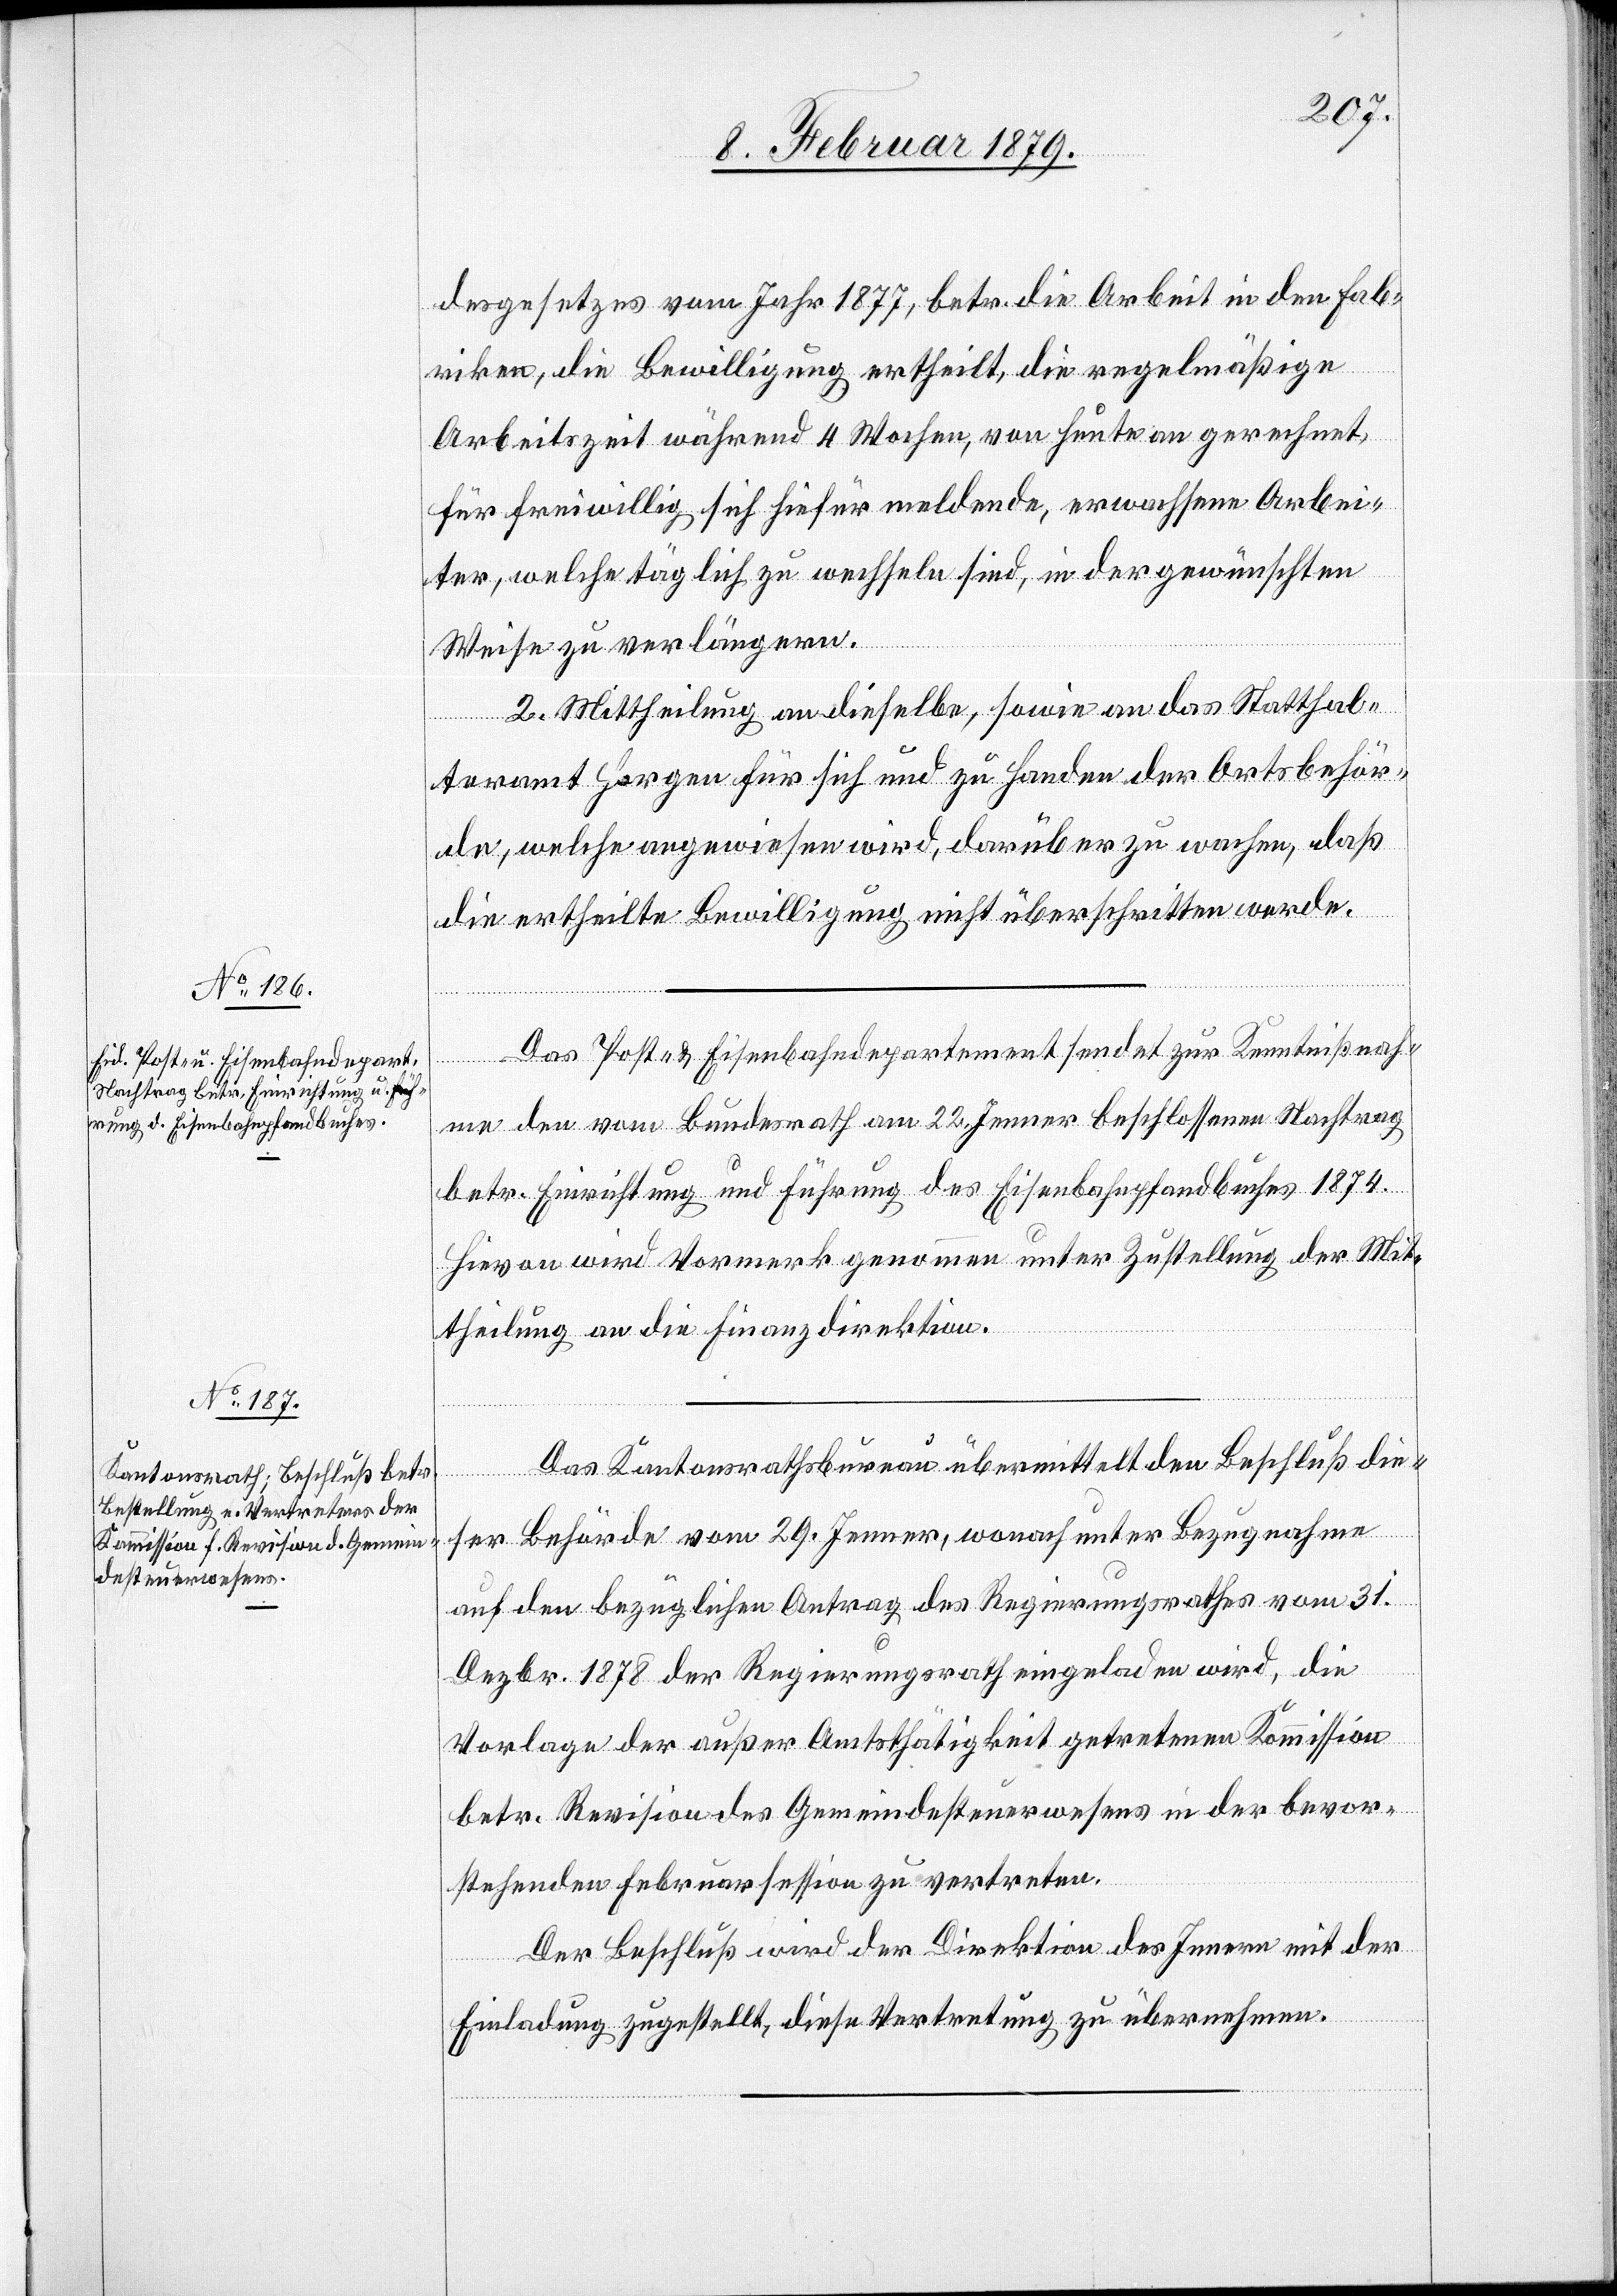
desgesetzes vom Jahr 1877, betr. die Arbeit in den Fab¬
riken, die Bewilligung ertheilt, die regelmäßige
Arbeitszeit während 4 Wochen, von heute an gerechnet,
für freiwillig sich hiefür meldende, erwachsene Arbei¬
ter, welche täglich zu wechseln sind, in der gewünschten
Weise zu verlängern.
2. Mittheilung an dieselbe, sowie an das Statthal¬
teramt Horgen für sich und zu Handen der Ortsbehör¬
de, welche angewiesen wird, darüber zu wachen, daß
die ertheilte Bewilligung nicht überschritten werde.
Das Post- & Eisenbahndepartement sendet zur Kenntnißnah¬
me den vom Bundesrath am 22. Jenner beschlossenen Nachtrag
betr. Einrichtung und Führung des Eisenbahnpfandbuches 1874.
Hievon wird Vormerk genommen unter Zustellung der Mit¬
theilung an die Finanzdirektion.
Das Kantonsrathsbureau übermittelt den Beschluß die¬
ser Behörde vom 29. Jenner, wonach unter Bezugnahme
auf den bezüglichen Antrag des Regierungsrathes vom 31.
Dezbr. 1878 der Regierungsrath eingeladen wird, die
Vorlage der außer Amtsthätigkeit getretenen Kommission
betr. Revision des Gemeindesteuerwesens in der bevor¬
stehenden Februarsession zu vertreten.
Der Beschluß wird der Direktion des Innern mit der
Einladung zugestellt, diese Vertretung zu übernehmen.